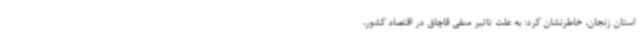
استان زنجان، خاطرنشان کرد: به علت تاثیر منفی قاچاق در اقتصاد کشور،